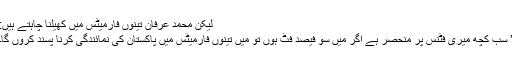
لیکن محمد عرفان تینوں فارمیٹس میں کھیلنا چاہتے ہیں:
’ سب کچھ میری فٹنس پر منحصر ہے اگر میں سو فیصد فٹ ہوں تو میں تینوں فارمیٹس میں پاکستان کی نمائندگی کرنا پسند کروں گا۔